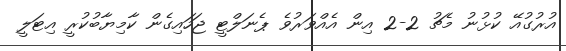
އުރުގުއޭ ކުޅުނު މެޗު 2-2 އިން އެއްވަރުވެ ޕެނަލްޓީ ޖަހައިގެން ކާމިޔާބުކުރީ އިޓަލީ